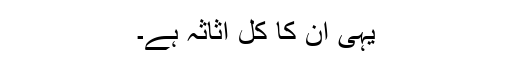
یہی ان کا کل اثاثہ ہے۔